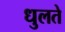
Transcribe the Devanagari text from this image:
धुलते